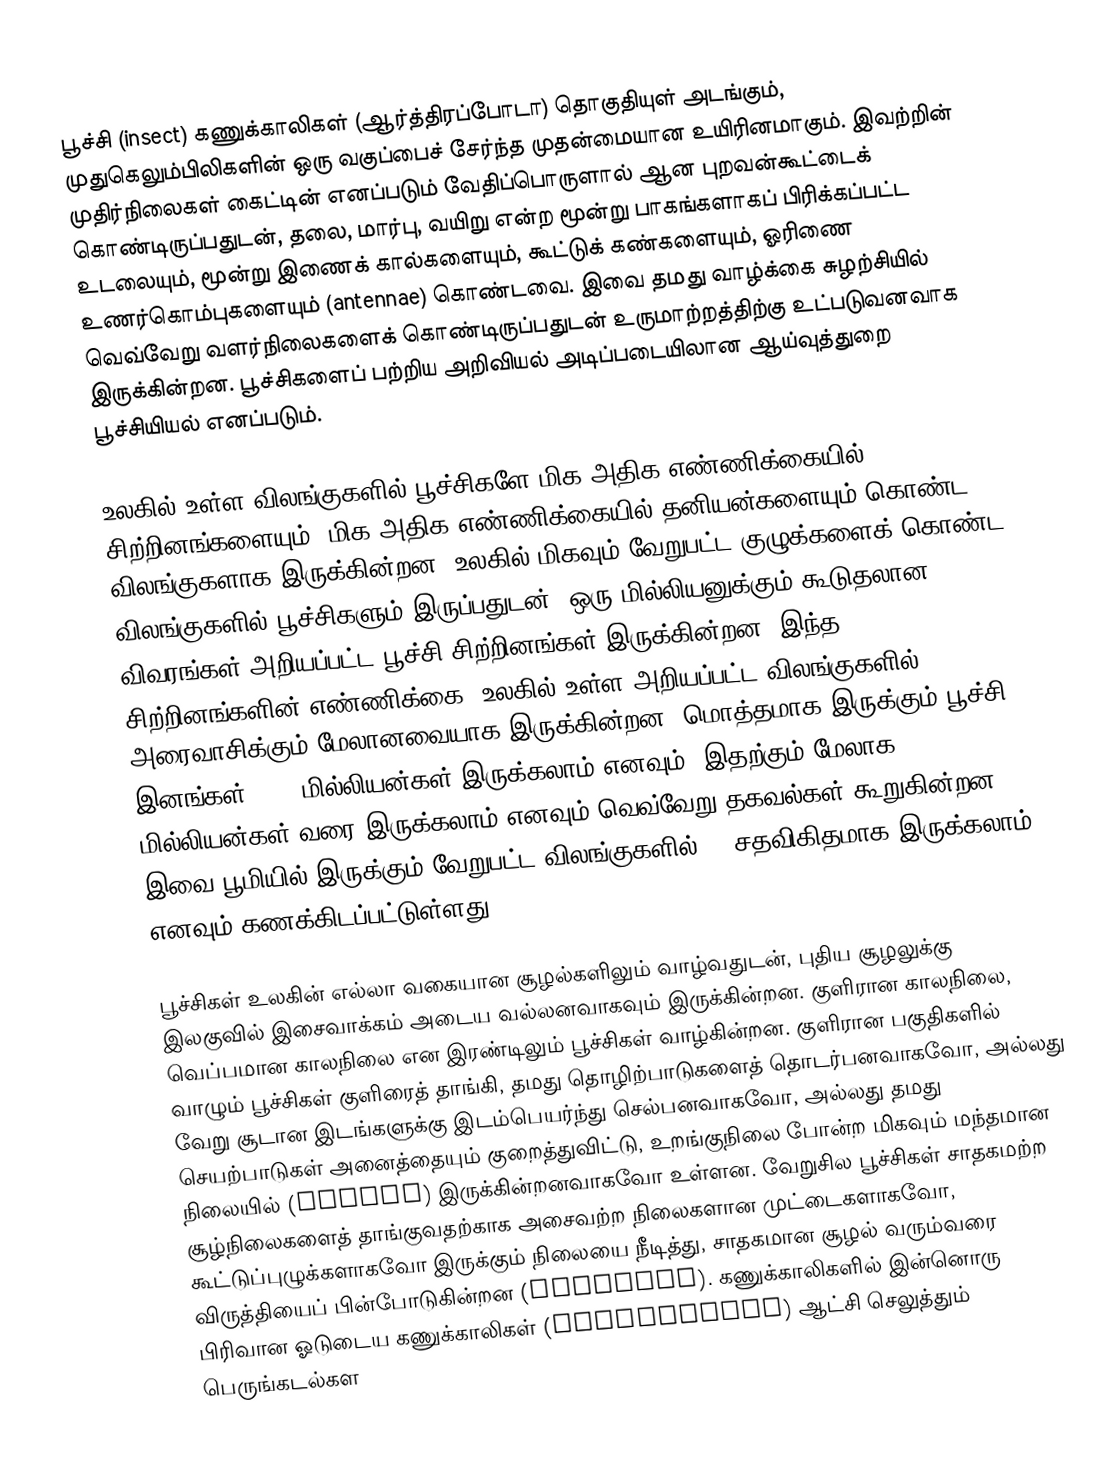
பூச்சி (insect) கணுக்காலிகள் (ஆர்த்திரப்போடா) தொகுதியுள் அடங்கும், முதுகெலும்பிலிகளின் ஒரு வகுப்பைச் சேர்ந்த முதன்மையான உயிரினமாகும். இவற்றின் முதிர்நிலைகள் கைட்டின் எனப்படும் வேதிப்பொருளால் ஆன புறவன்கூட்டைக் கொண்டிருப்பதுடன், தலை, மார்பு, வயிறு என்ற மூன்று பாகங்களாகப் பிரிக்கப்பட்ட உடலையும், மூன்று இணைக் கால்களையும், கூட்டுக் கண்களையும், ஓரிணை உணர்கொம்புகளையும் (antennae) கொண்டவை. இவை தமது வாழ்க்கை சுழற்சியில் வெவ்வேறு வளர்நிலைகளைக் கொண்டிருப்பதுடன் உருமாற்றத்திற்கு உட்படுவனவாக இருக்கின்றன. பூச்சிகளைப் பற்றிய அறிவியல் அடிப்படையிலான ஆய்வுத்துறை பூச்சியியல் எனப்படும்.

உலகில் உள்ள விலங்குகளில் பூச்சிகளே மிக அதிக எண்ணிக்கையில் சிற்றினங்களையும், மிக அதிக எண்ணிக்கையில் தனியன்களையும் கொண்ட விலங்குகளாக இருக்கின்றன. உலகில் மிகவும் வேறுபட்ட குழுக்களைக் கொண்ட விலங்குகளில் பூச்சிகளும் இருப்பதுடன், ஒரு மில்லியனுக்கும் கூடுதலான விவரங்கள் அறியப்பட்ட பூச்சி சிற்றினங்கள் இருக்கின்றன. இந்த சிற்றினங்களின் எண்ணிக்கை, உலகில் உள்ள அறியப்பட்ட விலங்குகளில் அரைவாசிக்கும் மேலானவையாக இருக்கின்றன. மொத்தமாக இருக்கும் பூச்சி இனங்கள் 6-10 மில்லியன்கள் இருக்கலாம் எனவும், இதற்கும் மேலாக 80-100 மில்லியன்கள் வரை இருக்கலாம் எனவும் வெவ்வேறு தகவல்கள் கூறுகின்றன. இவை பூமியில் இருக்கும் வேறுபட்ட விலங்குகளில் 90 சதவிகிதமாக இருக்கலாம் எனவும் கணக்கிடப்பட்டுள்ளது.

பூச்சிகள் உலகின் எல்லா வகையான சூழல்களிலும் வாழ்வதுடன், புதிய சூழலுக்கு இலகுவில் இசைவாக்கம் அடைய வல்லனவாகவும் இருக்கின்றன. குளிரான காலநிலை, வெப்பமான காலநிலை என இரண்டிலும் பூச்சிகள் வாழ்கின்றன. குளிரான பகுதிகளில் வாழும் பூச்சிகள் குளிரைத் தாங்கி, தமது தொழிற்பாடுகளைத் தொடர்பனவாகவோ, அல்லது வேறு சூடான இடங்களுக்கு இடம்பெயர்ந்து செல்பனவாகவோ, அல்லது தமது செயற்பாடுகள் அனைத்தையும் குறைத்துவிட்டு, உறங்குநிலை போன்ற மிகவும் மந்தமான நிலையில் (Torpor) இருக்கின்றனவாகவோ உள்ளன. வேறுசில பூச்சிகள் சாதகமற்ற சூழ்நிலைகளைத் தாங்குவதற்காக அசைவற்ற நிலைகளான முட்டைகளாகவோ, கூட்டுப்புழுக்களாகவோ இருக்கும் நிலையை நீடித்து, சாதகமான சூழல் வரும்வரை விருத்தியைப் பின்போடுகின்றன (Diapause). கணுக்காலிகளில் இன்னொரு பிரிவான ஓடுடைய கணுக்காலிகள் (Crustaceans) ஆட்சி செலுத்தும் பெருங்கடல்கள